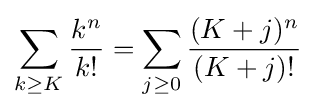
\sum _{k\geq K}{\frac {k^{n}}{k!}}=\sum _{j\geq 0}{\frac {(K+j)^{n}}{(K+j)!}}